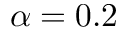
\alpha = 0 . 2